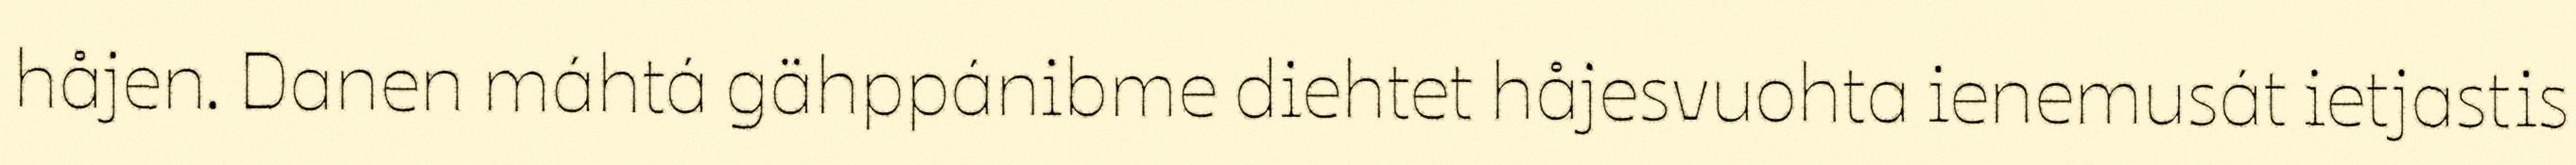
håjen. Danen máhtá gähppánibme diehtet håjesvuohta ienemusát ietjastis